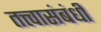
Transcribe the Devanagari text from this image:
तत्त्वासंबंधी